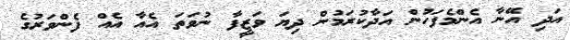
އަދި އޭނާ އެންމެފަހުން އަދާކުރަމުން ދިޔަ ވަޒީފާ ނުވަތަ އެއާ އެއް ފެންވަރުގެ